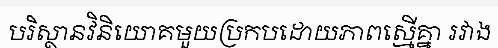
បរិស្ថានវិនិយោគមួយប្រកបដោយភាពស្មើគ្នា រវាង